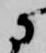
に